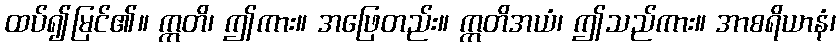
ထပ်၍မြင်၏။ ဣတိ၊ ဤကား။ အဖြေတည်း။ ဣတိအယံ၊ ဤသည်ကား။ အာစရိယာနံ၊